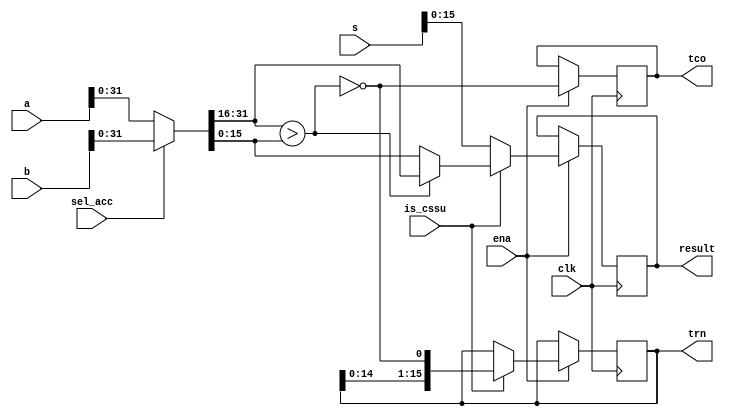
module oc54_cssu (
	clk, ena,
	sel_acc, is_cssu,
	a, b, s,
	tco,
	trn, result
	);

//
// parameters
//

//
// inputs & outputs
//
input         clk;
input         ena;
input         sel_acc;           // select input
input         is_cssu;           // is this a cssu operation ?
input  [39:0] a, b, s;           // accumulators, shifter input
output        tco;               // tc-out
output [15:0] trn, result;

reg        tco;
reg [15:0] trn, result;

//
// variables
//

wire [31:0] acc;      // selected accumulator
wire        acc_cmp;  // acc[31;16]>acc[15:0] ??
//
// module body
//

//
// generate input selection
//

// input selection
assign acc = sel_acc ? b[31:0] : a[31:0];

assign acc_cmp = acc[31:16] > acc[15:0];

// result
always@(posedge clk)
	if (ena)
	begin
		if (is_cssu)
			if (acc_cmp)
				result <= #1 acc[31:16];
			else
				result <= #1 acc[15:0];
		else
			result <= #1 s[15:0];

		if (is_cssu)
			trn <= #1 {trn[14:0], ~acc_cmp};

		tco <= #1 ~acc_cmp;
	end
endmodule